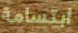
ابتسامة